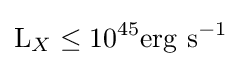
\mathrm {L} _{X}\leq 10^{45}\mathrm {erg\ s} ^{-1}